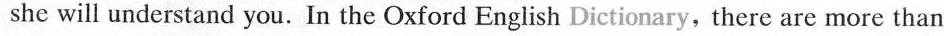
she will understand you. In the Oxford English Dictionary, there are more than